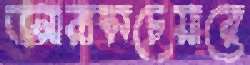
আরামচেয়ারে